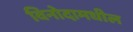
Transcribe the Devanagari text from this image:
विनोदामधील